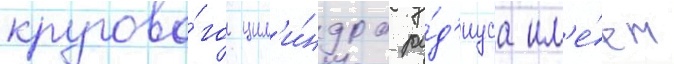
кругово́го цил'и́ндра ра́д'иуса им'е́ем